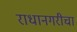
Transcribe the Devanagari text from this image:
राधानगरीचा